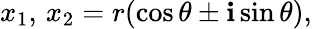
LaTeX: x_{1},\, x_{2}=r(\cos\theta\pm\mathbf{i}\sin\theta),